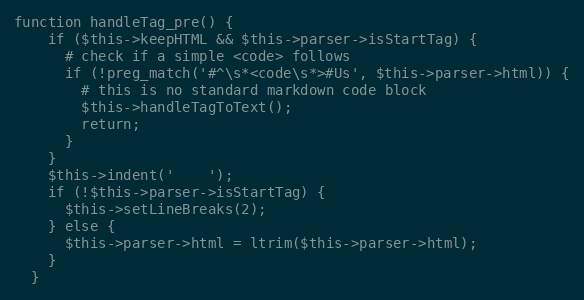
Language: PHP
function handleTag_pre() {
    if ($this->keepHTML && $this->parser->isStartTag) {
      # check if a simple <code> follows
      if (!preg_match('#^\s*<code\s*>#Us', $this->parser->html)) {
        # this is no standard markdown code block
        $this->handleTagToText();
        return;
      }
    }
    $this->indent('    ');
    if (!$this->parser->isStartTag) {
      $this->setLineBreaks(2);
    } else {
      $this->parser->html = ltrim($this->parser->html);
    }
  }